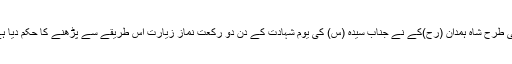
اسی طرح شاہ ہمدان (رح)کے نے جناب سیدہ (س) کی یوم شہادت کے دن دو رکعت نماز زیارت اس طریقے سے پڑھنے کا حکم دیا ہے۔